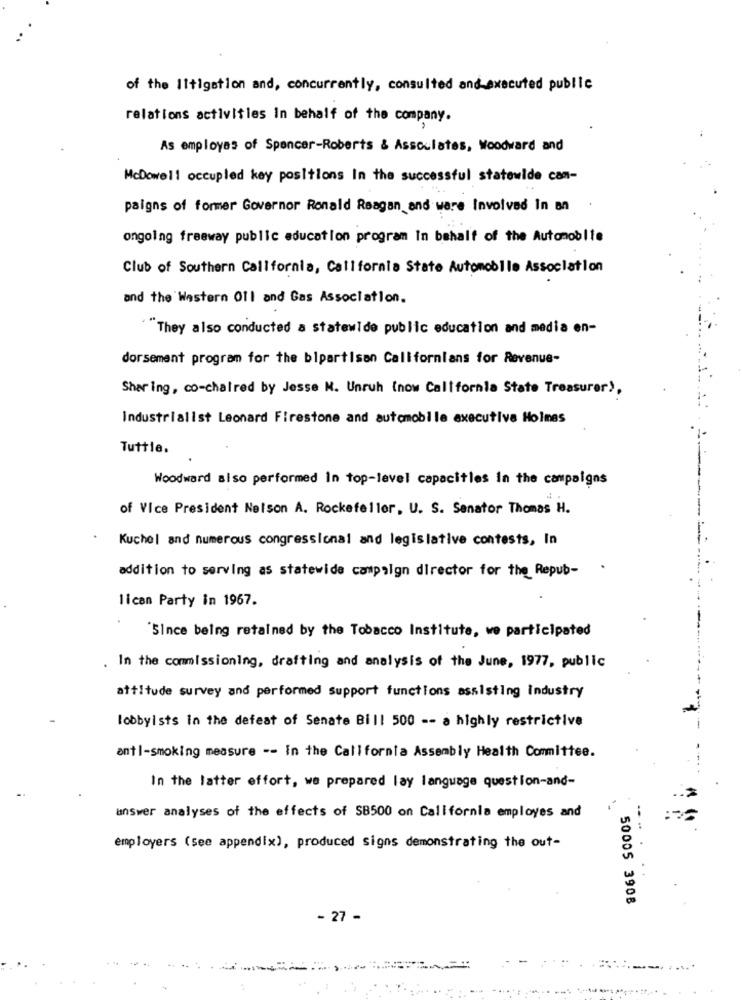
of the litigation and, concurrently, consulted and executed public
relations activities in behalf of the company.
As employes of Spencer-Roberts & Assoulates, Woodward and
McDowell occupied key positions In the successful statewide can-
paigns of former Governor Ronald Reagan and ware Involved In an
ongoing freeway public education program In behalf of the Automobile
Club of Southern California, California State Automobile Association
and the Western Oll and Gas Association.
"They also conducted a statewide public education and media en-
dorsement program for the bipartisan Californians for Revenue-
Sharing, co-chaired by Jesse N. Unruh (now California State Treasurer),
Industrialist Leonard Firestone and automobile executive Holmes
Tuttle.
Woodward also performed In top-level capacitles In the campaigns
of Vice President Nelson A. Rockefeller, U. S. Senator Thomas H.
Kuchel and numerous congressional and legislative contests, In
addition to serving as statewide campaign director for the Repub-
lican Party in 1967.
Since being retained by the Tobacco Institute, we participated
. In the commissioning, drafting and analysis of the June, 1977, public
attitude survey and performed support functions assisting industry
lobbyists in the defeat of Senate Bill 500 -- a highly restrictive
anti-smoking measure -- in the California Assembly Health Committee.
In the latter effort, we prepared lay language question-and-
answer analyses of the effects of SB500 on California employes and
employers (see appendix), produced signs demonstrating the out-
50005 3908
- 27 -